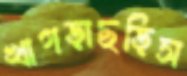
খাগড়াছড়িস